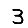
Digit: 3